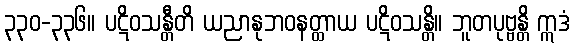
၃၃၀-၃၃၆။ ပဋိဝသန္တီတိ ယညာနုဘဝနတ္ထာယ ပဋိဝသန္တိ။ ဘူတပုဗ္ဗန္တိ ဣဒံ